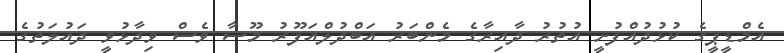
އެމްޑީޕީގެ ކުޅުދުއްފުށީ އުތުރު ދާއިރާގެ މެންބަރު އަބްދުލްޣަފޫރު މޫސާ ވެސް ވިދާޅުވީ ދައުލަތުގެ